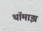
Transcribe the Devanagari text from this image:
थॉमाझ